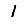
Digit: 1